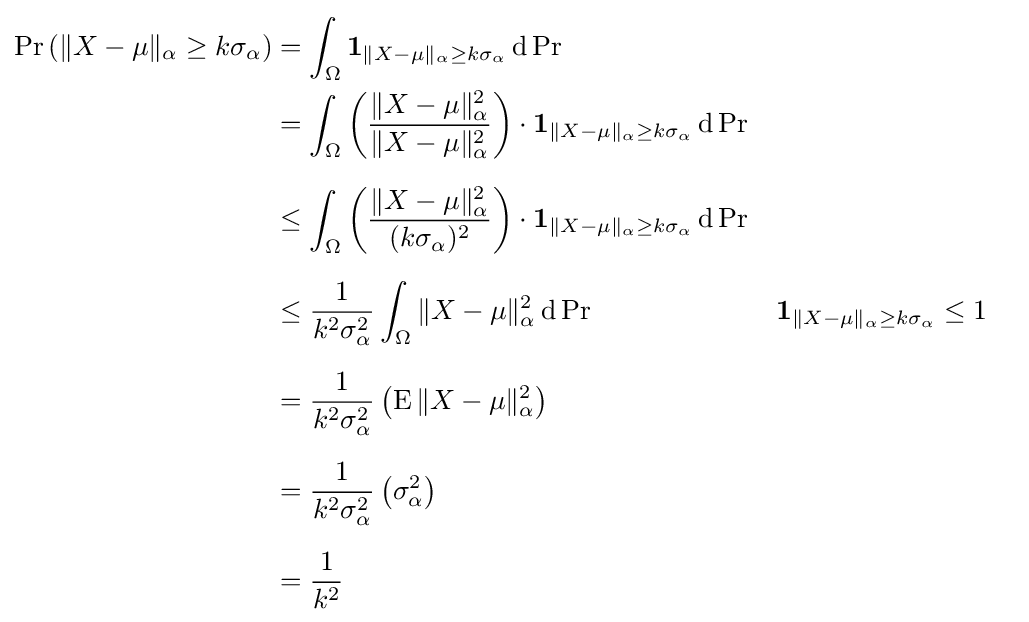
{\begin{aligned}\Pr \left(\|X-\mu \|_{\alpha }\geq k\sigma _{\alpha }\right)&=\int _{\Omega }\mathbf {1} _{\|X-\mu \|_{\alpha }\geq k\sigma _{\alpha }}\,\mathrm {d} \Pr \\&=\int _{\Omega }\left({\frac {\|X-\mu \|_{\alpha }^{2}}{\|X-\mu \|_{\alpha }^{2}}}\right)\cdot \mathbf {1} _{\|X-\mu \|_{\alpha }\geq k\sigma _{\alpha }}\,\mathrm {d} \Pr \\[6pt]&\leq \int _{\Omega }\left({\frac {\|X-\mu \|_{\alpha }^{2}}{(k\sigma _{\alpha })^{2}}}\right)\cdot \mathbf {1} _{\|X-\mu \|_{\alpha }\geq k\sigma _{\alpha }}\,\mathrm {d} \Pr \\[6pt]&\leq {\frac {1}{k^{2}\sigma _{\alpha }^{2}}}\int _{\Omega }\|X-\mu \|_{\alpha }^{2}\,\mathrm {d} \Pr &&\mathbf {1} _{\|X-\mu \|_{\alpha }\geq k\sigma _{\alpha }}\leq 1\\[6pt]&={\frac {1}{k^{2}\sigma _{\alpha }^{2}}}\left(\operatorname {E} \|X-\mu \|_{\alpha }^{2}\right)\\[6pt]&={\frac {1}{k^{2}\sigma _{\alpha }^{2}}}\left(\sigma _{\alpha }^{2}\right)\\[6pt]&={\frac {1}{k^{2}}}\end{aligned}}